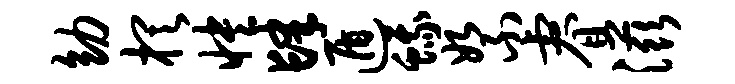
幼棋怏肆遁蛾絮睿滋